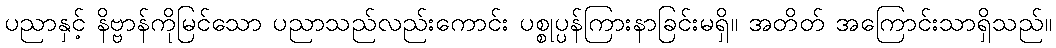
ပညာနှင့် နိဗ္ဗာန်ကိုမြင်သော ပညာသည်လည်းကောင်း ပစ္စုပ္ပန်ကြားနာခြင်းမရှိ။ အတိတ် အကြောင်းသာရှိသည်။